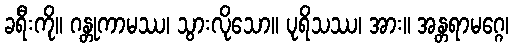
ခရီးကို။ ဂန္တုကာမဿ၊ သွားလိုသော။ ပုရိသဿ၊ အား။ အန္တရာမဂ္ဂေ၊